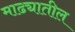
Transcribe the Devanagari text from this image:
माढ्यातील